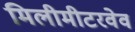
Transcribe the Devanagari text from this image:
मिलीमीटरवेव